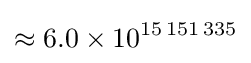
\approx 6.0\times 10^{15\,151\,335}